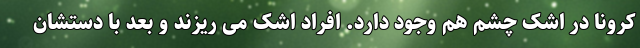
کرونا در اشک چشم‌ هم وجود دارد. افراد اشک می ریزند و بعد با دستشان